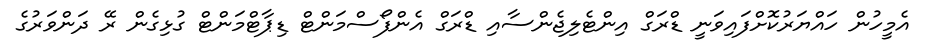
އެމީހުން ހައްޔަރުކޮށްފައިވަނީ ޑްރަގް އިންޓެލިޖެންސާއި ޑްރަގް އެންފޯސްމަންޓް ޑިޕާޓްމަންޓް ގުޅިގެން ރޭ ދަންވަރުގެ